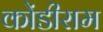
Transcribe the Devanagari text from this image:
कोंडीराम